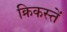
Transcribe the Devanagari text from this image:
क्रिकस्तें